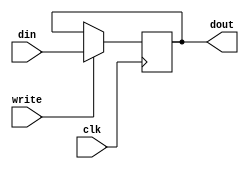
module MAR (
    input clk,
    input write,
    input [17:0] din,
    output reg[17:0] dout=18'b0
);

always @(posedge clk)
	begin
        if (write) dout <= din;
	end
endmodule